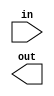
module basic_part_select_pv(input [1:0] in, output [3:0] out);
	assign out[3:2] = in;
endmodule